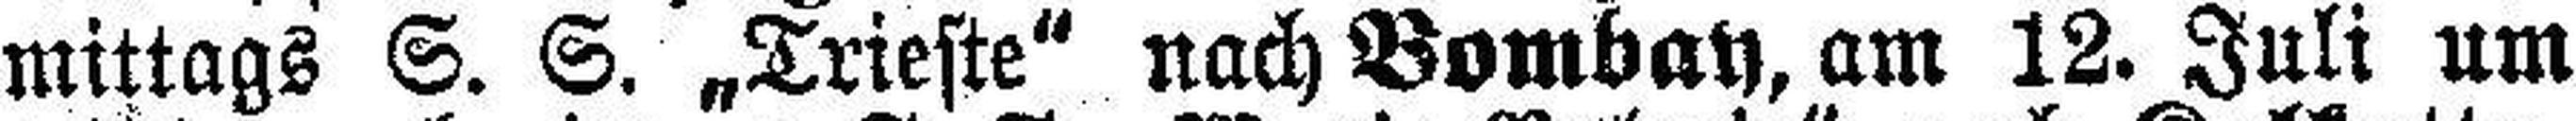
mittags S. S. „Triefte" nach Bombay, am 12. Juli um